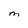
Character: M